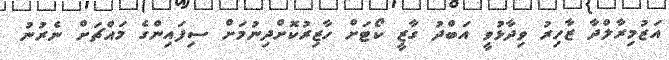
އަޒުމިރާލްދާ ޒާހިރު ވިދާޅުވީ އަބްދު ގާޒީ ކޯޓަށް ހާޒިރުކޮށްދިނުމަށް ސިފައިންގެ މައްޗަށް ނެރުނު